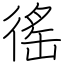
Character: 徭